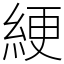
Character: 綆